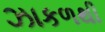
ઝાકળથી